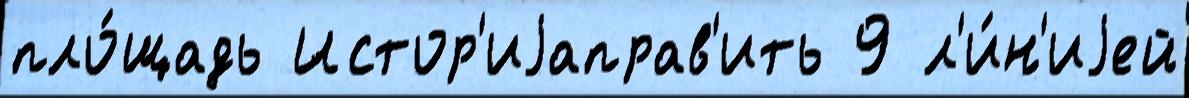
пло́щадь Истор'иjаправ'ить 9 л'и́н'иjей